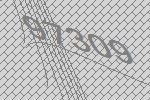
97309